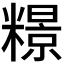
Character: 𫃏